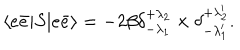
\langle e \bar { e } | S | e \bar { e } \rangle = - 2 \beta \delta _ { - \lambda _ { 1 } } ^ { + \lambda _ { 2 } } \times \delta _ { - \lambda _ { 1 } ^ { \prime } } ^ { + \lambda _ { 2 } ^ { \prime } } .